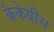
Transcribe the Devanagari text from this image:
कैकेयीस